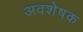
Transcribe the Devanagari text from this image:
अवशेषक